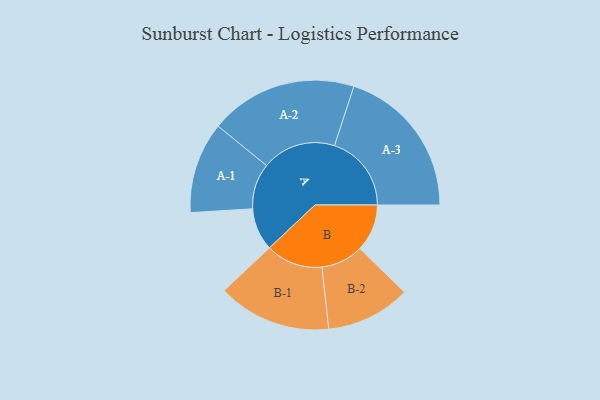
{"axis": {"x": "Segment", "y": "Value"}, "legend": ["", "A", "B"], "data": [{"x": "A", "y": 125, "type": ""}, {"x": "B", "y": 139, "type": ""}, {"x": "A-1", "y": 134, "type": "A"}, {"x": "A-2", "y": 217, "type": "A"}, {"x": "A-3", "y": 226, "type": "A"}, {"x": "B-1", "y": 167, "type": "B"}, {"x": "B-2", "y": 124, "type": "B"}]}